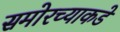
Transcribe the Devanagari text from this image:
समोरच्याकडे